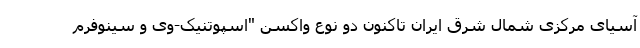
آسیای مرکزی شمال شرق ایران تاکنون دو نوع واکسن "اسپوتنیک-وی و سینوفرم